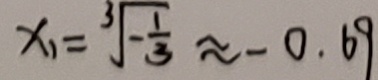
x _ { 1 } = \sqrt [ 3 ] { - \frac { 1 } { 3 } } \approx - 0 . 6 9